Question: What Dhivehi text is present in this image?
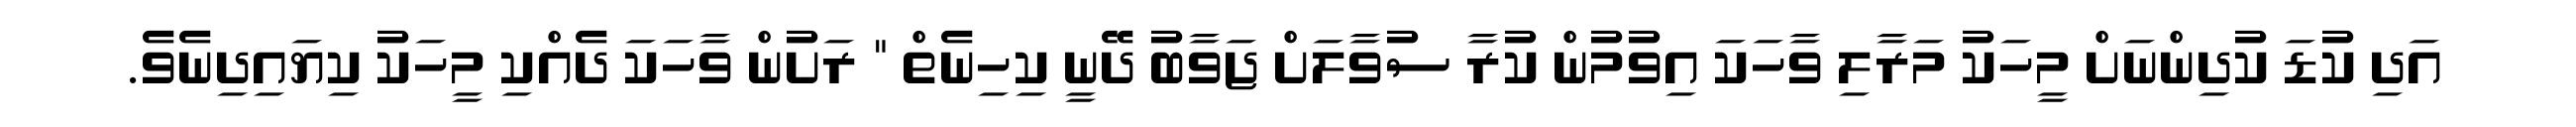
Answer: އަދި ކުޑަ ކުދިންނަށް މީހަކު މަރާލި ވާހަކަ އިވުމުން ކުރާ ސުވާލަށް ޖަވާބު ދޭނީ ކިހިނެތް " ރަށުން ވާހަކަ ދެއްކި މީހަކު ކިޔައިދިނެވެ.